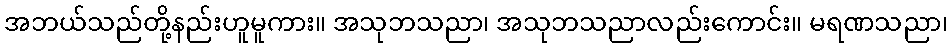
အဘယ်သည်တို့နည်းဟူမူကား။ အသုဘသညာ၊ အသုဘသညာလည်းကောင်း။ မရဏသညာ၊